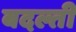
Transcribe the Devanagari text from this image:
बदल्ती